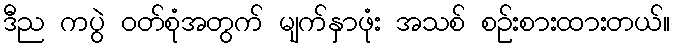
ဒီည ကပွဲ ဝတ်စုံအတွက် မျက်နှာဖုံး အသစ် စဉ်းစားထားတယ်။